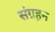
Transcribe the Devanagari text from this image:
संग्रहन